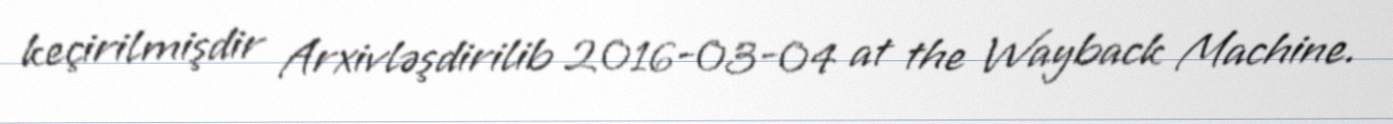
keçirilmişdir Arxivləşdirilib 2016-03-04 at the Wayback Machine.